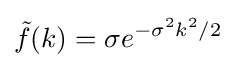
{\tilde {f}}(k)=\sigma e^{-\sigma ^{2}k^{2}/2}